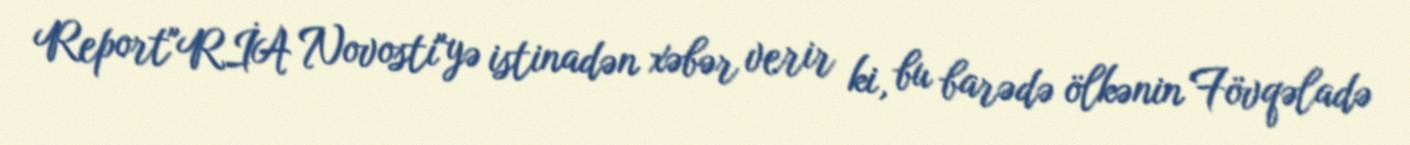
Report"RİA Novosti"yə istinadən xəbər verir ki, bu barədə ölkənin Fövqəladə